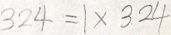
3 2 4 = 1 \times 3 2 4